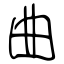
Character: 曲